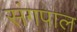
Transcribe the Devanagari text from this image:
संगपाल